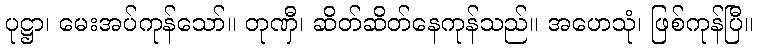
ပုဋ္ဌာ၊ မေးအပ်ကုန်သော်။ တုဏှီ၊ ဆိတ်ဆိတ်နေကုန်သည်။ အဟေသုံ၊ ဖြစ်ကုန်ပြီ။